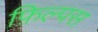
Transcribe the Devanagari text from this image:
फ़िल्पस